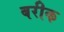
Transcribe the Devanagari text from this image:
बरीक